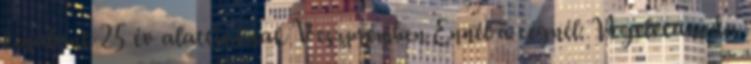
kínálunk 25 év alattiaknak Veszprémben Ennél a cégnél: Nyelvtanoda